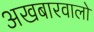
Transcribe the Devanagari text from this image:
अखबारवालो